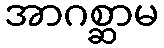
အာဂစ္ဆာမ